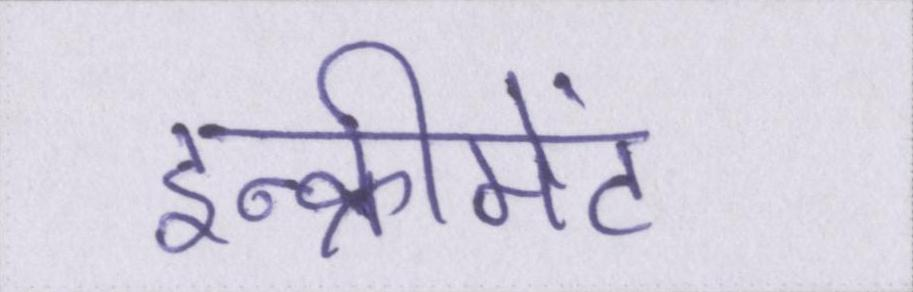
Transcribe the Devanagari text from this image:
इन्क्रीमेंट